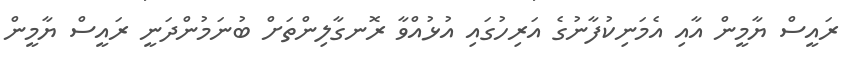
ރައީސް ޔާމީން އާއި އެމަނިކުފާނުގެ އަރިހުގައި އުޅުއްވާ ރޮނގާލިންތަށް ބުނަމުންދަނީ ރައީސް ޔާމީން